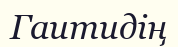
Гаитидің